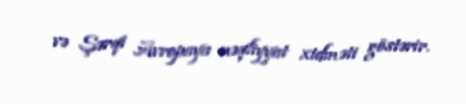
və Şərqi Avropaya nəqliyyat xidməti göstərir.